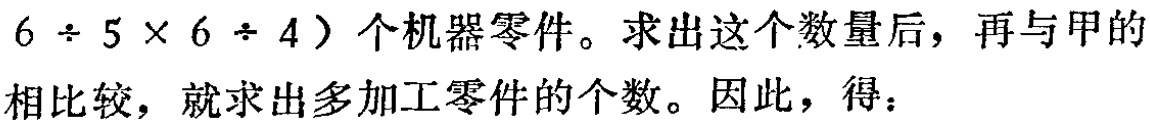
$6\div 5\times 6\div 4$）个机器零件。求出这个数量后，再与甲的相比较，就求出多加工零件的个数。因此，得：